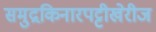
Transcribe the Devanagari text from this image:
समुद्रकिनारपट्टीखेरीज